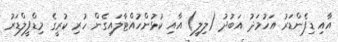
އާއި ޑިފެންޑަރު އަހުމަދު އަބުދު (ލިލީ) އާއި ކުޅުންހުއްޓާލައިގެން ހުރި ކުރީގެ މިޑްފީލްޑަރު